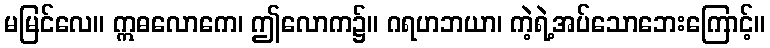
မမြင်လေ။ ဣဓလောကေ၊ ဤလောက၌။ ဂရဟဘယာ၊ ကဲ့ရဲ့အပ်သောဘေးကြောင့်။